Medical and sanitary report of the native army of Bengal for the year
Year: 1876
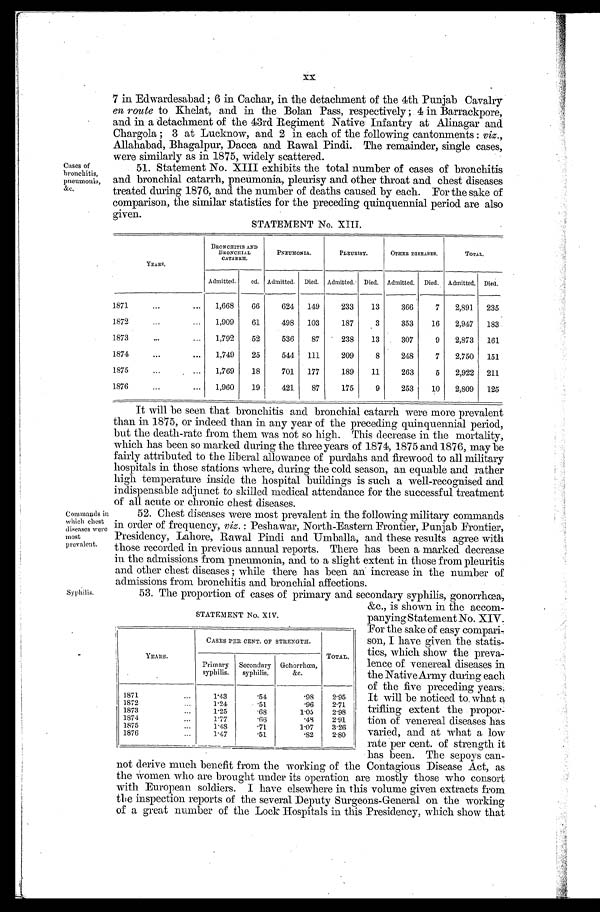
XX
Cases of
bronchitis, pneumonia, &c,
7 in Edwardesabad; 6 in Cachar, in the detachment of the 4th Punjab Cavalry
en route to Khelat, and in the Bolan Pass, respectively; 4 in Barrackpore,
and in a detachment of the 43rd Regiment Native Infantry at Alinagar and
Chargola; 3 at Lucknow, and 2 in each of the following cantonments: viz.,
Allahabad, Bhagalpur, Dacca and Rawal Pindi. The remainder, single cases,
were similarly as in 1875, widely scattered.
51. Statement No. XIII exhibits the total number of cases of bronchitis
and bronchial catarrh, pneumonia, pleurisy and other throat and chest diseases
t r e a t e d d u r i n g 1 8 7 6 , a n d t h e n u m b e r o f d e a t h s c a u s e d b y e a c h . F o r t h e s a k e o f
comparison, the similar statistics for the preceding quinquennial period are also
given.
YEARS.
STATEMENT No. X111.
BRONCHI TI S AND
BRONCHI AL
CATARRH.
PNEUMONIA.
PLEURISY. OTHER DISEASES.
TOTAL.
Admitted. ed. Admitted. Died. Admitted. Died, Admitted. Died. Admitted. Di ed.
1,668 66 624 149 233 13 366 7 2,891 235
1871
1872
1,909 61 498 103 187 3 353 16 2,947 183
1873
1,792 52 536 87 238 13 307 9 2,873 161
1874
1,749 25 I544 111 209 8 248 7 2,750 151
1875
1,769 18 701 177 189 11 263 5 2,922 211
1876
1,960 19 I 421 87 175 9 253 I10 2,809 125
C o m m a n d s i n
which chest
diseases were
most prevalent.
Syphilis.
It will be seen that bronchitis and bronchial catarrh were more prevalent
than in 1875, or indeed than in any year of the preceding quinquennial period,
but the death-rate from them was not so high. This decrease in the mortality,
which has been so marked during the three years of 1874, 1875 and 1876, may be
fairly attributed to the liberal allowance of purdahs and firewood to all military
hospitals in those stations where, during the cold season, an equable and rather
high. temperature inside the hospital buildings is such a well-recognised and
indispensable adjunct to skilled medical attendance for the successful treatment
of all acute or chronic chest diseases.
52.Chest diseases were most prevalent in the following military commands
in order of frequency, viz.: Peshawar, North-Eastern Frontier, PunjabFrontier,
Presidency, Lahore, Rawal pindi and Umballa, and these results agree with
those recorded in previous annual reports. There has been a marked decrease
in the admissions from pneumonia, and to a slight extent in those from pleuritis
and. other chest diseases ; while there has been an increase in the number of
admissions from bronchitis and bronchial affections.
53.The proportion of cases of primary and secondary syphilis, gonorrhœa,
STATEMENT No. XIV.
YEARS.
1871
CASES PER CENT. OF STRENGTH.
TOTAL.
2.95
Primary syphilis.
1, 43
Secondary syphilis.
. 5 4
Gohorrhœa, &c.
.98
1872
1.24 .51
96 2 . 7 1
1873
1.25
. 6 8 1. 05 2.98
1874
1.77
. 6 6 .48 2.91
1875
1, 48
. 7 1 1.07 3 . 2 6
1876
1.47
-. 51
.82 2.80
i s Shown
&c., s shown in the accom-
panying Statement No. XIV.
For the sake of easy compari-
son, I have given the statis-
tics, which show the preva-
lence of venereal diseases in
the Native Army during each
of the five preceding years.
It will be noticed to. what a
trifling extent the propor-
tion of venereal diseases has
varied, and at what a low
rate per cent. of strength it
has been. The sepoys can-
not derive much benefit from the working of the Contagious Disease Act, as
the women who are brought under its operation are mostly those who consort
with European soldiers. I have elsewhere in this volume given extracts from
the inspection reports of the several Deputy Surgeons-General on the working
of a great -number of the Lock Hospitals in this Presidency, which show that